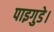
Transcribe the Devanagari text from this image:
पाइगुडे।